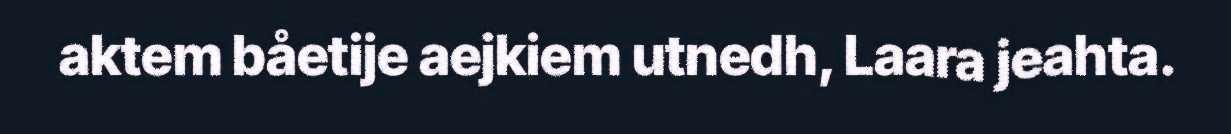
aktem båetije aejkiem utnedh, Laara jeahta.